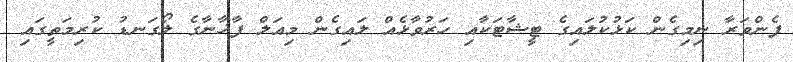
ފެންވަރާ ނިމިގެން ކަޅުކުލައިގެ ޓީޝާޓަކާއި ހަރުވާޅެއް ލައިގެން މިއަލް ފާޚާނާގެ ލޯގަނޑު ކުރިމަތީގައި